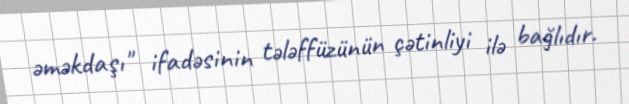
əməkdaşı" ifadəsinin tələffüzünün çətinliyi ilə bağlıdır.